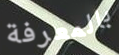
بالمعرفة